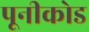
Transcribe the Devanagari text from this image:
पूनीकोड